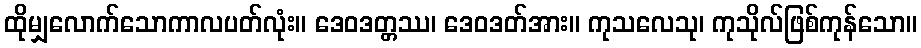
ထိုမျှလောက်သောကာလပတ်လုံး။ ဒေဝဒတ္တဿ၊ ဒေဝဒတ်အား။ ကုသလေသု၊ ကုသိုလ်ဖြစ်ကုန်သော။